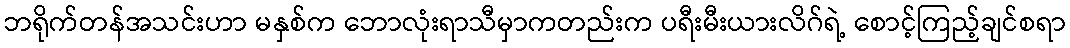
ဘရိုက်တန်အသင်းဟာ မနှစ်က ဘောလုံးရာသီမှာကတည်းက ပရီးမီးယားလိဂ်ရဲ့ စောင့်ကြည့်ချင်စရာ